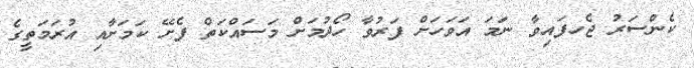
ކެންސަރު ޖެހފައިވާ ނަމަ އަވަހަށް ފަރުވާ ހޯދުމަށް މަސައްކަތް ފެށޭ ކަމަށާއި އުރަމަތީގެ